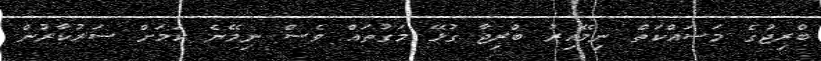
ބްރިޖުގެ މަސައްކަތް ނިމޭއިރު ބްރިޖާ ގުޅޭ މަގުތައް ވެސް ނިމޭނެ ކަމަށް ސަރުކާރުން